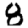
Digit: 8